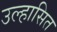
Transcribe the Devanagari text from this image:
उल्हासित